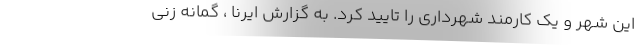
این شهر و یک کارمند شهرداری را تایید کرد. به گزارش ایرنا ، گمانه زنی